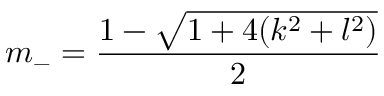
m _ { - } = \frac { 1 - \sqrt { 1 + 4 ( k ^ { 2 } + l ^ { 2 } ) } } { 2 }